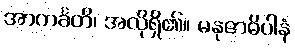
အာကင်္ခတိ၊ အလိုရှိ၏။ မနုဇာဓိပါနံ